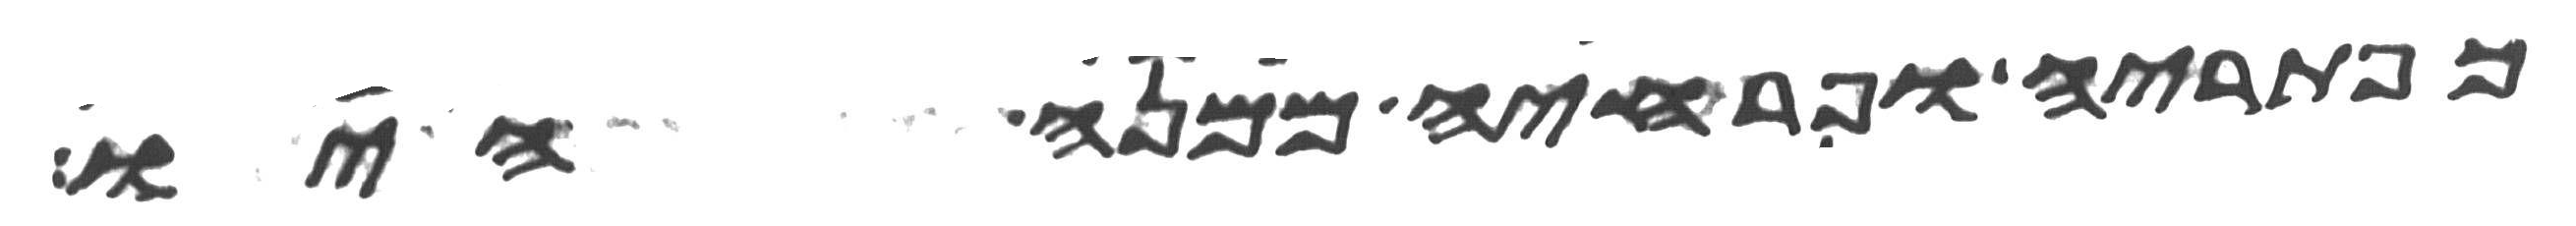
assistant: כפתריה ופרחיה ממנה היו